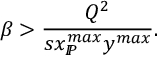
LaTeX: \beta > \frac { Q ^ { 2 } } { s x _ { I \! \! P } ^ { m a x } y ^ { m a x } } .